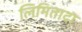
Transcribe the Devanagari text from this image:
लिमितादा